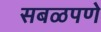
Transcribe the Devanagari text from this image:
सबळपणे